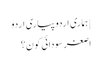
| ہماری اردو پیاری اردو
اصغر سودائی کون؟